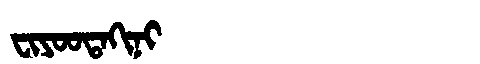
Manchu: ᠸᡳᠶᠣᠣᡨᠠᡴᡳᠨᡳ
Romanization: FIYOOTAKINI